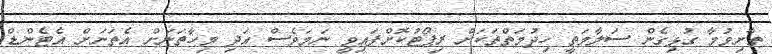
ތާށިވުމާ ގުޅިގެން ސަލާމަތީ ހިދުމަތްތަކަށް ރިޕޯޓުކޮށްފައިވީ ނަމަވެސް އަދި މިހާތަނަށް އެތަނަށް އެޓެންޑް